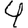
Digit: 4